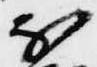
不